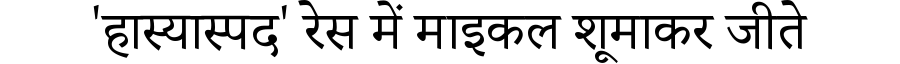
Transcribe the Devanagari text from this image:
'हास्यास्पद' रेस में माइकल शूमाकर जीते